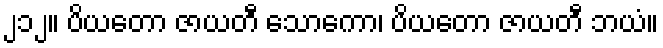
၂၁၂။ ပိယတော ဇာယတီ သောကော၊ ပိယတော ဇာယတီ ဘယံ။